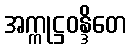
အက္ကုဋ္ဌဝန္ဒိတေ